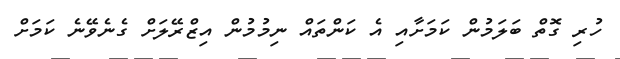
ހުރި ގޮތް ބަލަމުން ކަމަށާއި އެ ކަންތައް ނިމުމުން އިޒްރޭލަށް ގެނެވޭނެ ކަމަށް